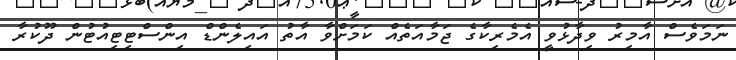
ނަމަވެސް އާމިރު ވިދާޅުވީ އެމެރިކާގެ ޖަމާއަތެއް ކަމަށްވާ އާތު އައިލެންޑް އިންސްޓިޓިއުޓުން ދޫކުރާ